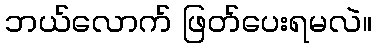
ဘယ်လောက် ဖြတ်ပေးရမလဲ။